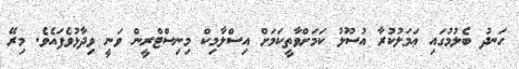
ހަނދު ބެލުމުގައި ޢަމަލުކުރާ އުސޫލު ކަމަށްވާތީކަމަށް އިސްލާމިކް މިނިސްޓްރީން ވަނީ ވިދާޅުވެފައެވެ. މިރޭ